Indian journal of veterinary science and animal husbandry - Volume 5,
Year: 1935
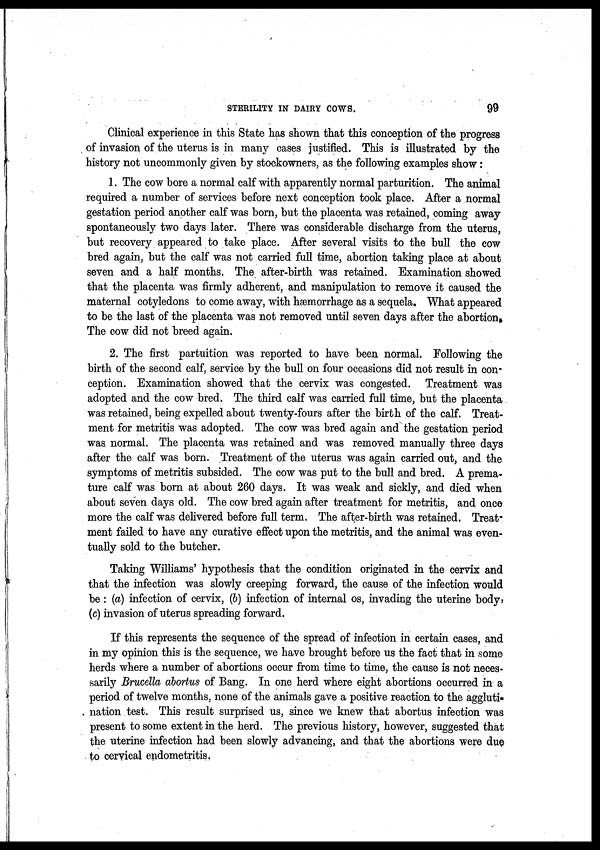
STERILITY IN DAIRY COWS.
99
Clinical experience in this State has shown that this conception of the progress
of invasion of the uterus is in many cases justified. This is illustrated by the
history not uncommonly given by stockowners, as the following examples show:
1. The cow bore a normal calf with apparently normal parturition. The animal
required a number of services before next conception took place. After a normal
gestation period another calf was born, but the placenta was retained, coming away
spontaneously two days later. There was considerable discharge from the uterus,
but recovery appeared to take place. After several visits to the bull the cow
bred again, but the calf was not carried full time, abortion taking place at about
seven and a half months. The after-birth was retained. Examination showed
that the placenta was firmly adherent, and manipulation to remove it caused the
maternal cotyledons to come away, with hæmorrhage as a sequela. What appeared
to be the last of the placenta was not removed until seven days after the abortion,
The cow did not breed again.
2. The first partuition was reported to have been normal. Following the
birth of the second calf, service by the bull on four occasions did not result in con-
ception. Examination showed that the cervix was congested. Treatment was
adopted and the cow bred. The third calf was carried full time, but the placenta
was retained, being expelled about twenty-fours after the birth of the calf. Treat-
ment for metritis was adopted. The cow was bred again and the gestation period
was normal. The placenta was retained and was removed manually three days
after the calf was born. Treatment of the uterus was again carried out, and the
symptoms of metritis subsided. The cow was put to the bull and bred. A prema-
ture calf was born at about 260 days. It was weak and sickly, and died when
about seven days old. The cow bred again after treatment for metritis, and once
more the calf was delivered before full term. The after-birth was retained. Treat-
ment failed to have any curative effect upon the metritis, and the animal was even-
tually sold to the butcher.
Taking Williams' hypothesis that the condition originated in the cervix and
that the infection was slowly creeping forward, the cause of the infection would
be : (a) infection of cervix, (b) infection of internal os, invading the uterine body,
(c) invasion of uterus spreading forward.
If this represents the sequence of the spread of infection in certain cases, and
in my opinion this is the sequence, we have brought before us the fact that in some
herds where a number of abortions occur from time to time, the cause is not neces-
sarily Brucella abortus of Bang. In one herd where eight abortions occurred in a
period of twelve months, none of the animals gave a positive reaction to the aggluti-
nation test. This result surprised us, since we knew that abortus infection was
present to some extent in the herd. The previous history, however, suggested that
the uterine infection had been slowly advancing, and that the abortions were due
to cervical endometritis.